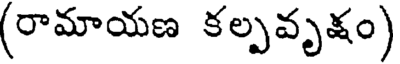
(రామాయణ కల్పవృక్షం)